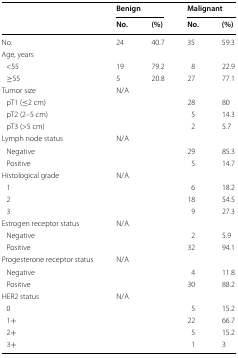
| <ROWSPAN=2>  | <COLSPAN=2> Benign | <COLSPAN=2> Malignant |
 | No. | (%) | No. | (%) |
 | --- | --- | --- | --- | --- |
 | No. | 24 | 40.7 | 35 | 59.3 |
 | <COLSPAN=5> Age, years |
 | <55 | 19 | 79.2 | 8 | 22.9 |
 | ≥55 | 5 | 20.8 | 27 | 77.1 |
 | Tumor size | N/A |  |  |  |
 | pT1 (≤2 cm) |  |  | 28 | 80 |
 | pT2 (2–5 cm) |  |  | 5 | 14.3 |
 | pT3 (>5 cm) |  |  | 2 | 5.7 |
 | Lymph node status | N/A |  |  |  |
 | Negative |  |  | 29 | 85.3 |
 | Positive |  |  | 5 | 14.7 |
 | Histological grade | N/A |  |  |  |
 | 1 |  |  | 6 | 18.2 |
 | 2 |  |  | 18 | 54.5 |
 | 3 |  |  | 9 | 27.3 |
 | Estrogen receptor status | N/A |  |  |  |
 | Negative |  |  | 2 | 5.9 |
 | Positive |  |  | 32 | 94.1 |
 | Progesterone receptor status | N/A |  |  |  |
 | Negative |  |  | 4 | 11.8 |
 | Positive |  |  | 30 | 88.2 |
 | HER2 status | N/A |  |  |  |
 | 0 |  |  | 5 | 15.2 |
 | 1+ |  |  | 22 | 66.7 |
 | 2+ |  |  | 5 | 15.2 |
 | 3+ |  |  | 1 | 3 |